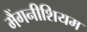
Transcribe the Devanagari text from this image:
मैंगनीशियम